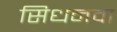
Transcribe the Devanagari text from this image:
सिधनवा